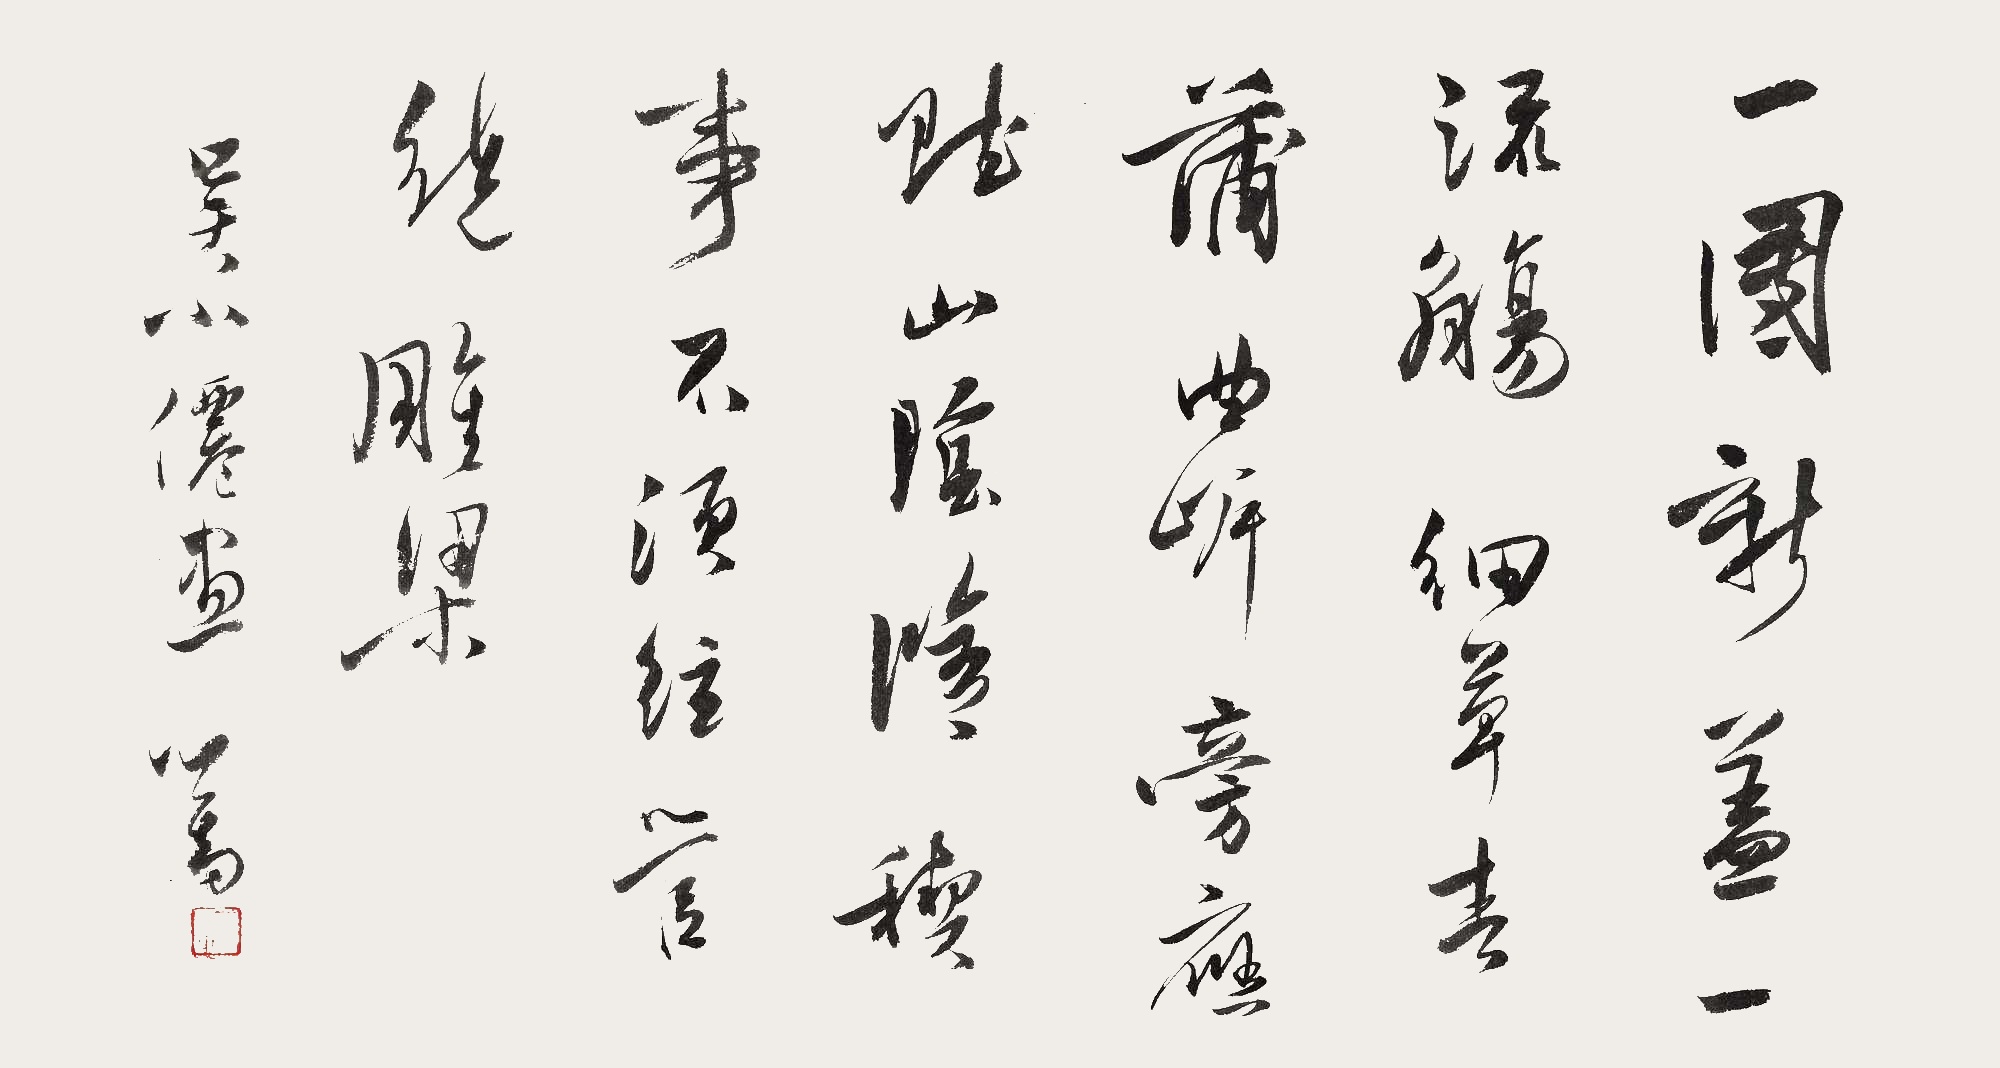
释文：一团新盖一流觞，细草春蒲曲岸旁。应赋山阴修稧事，不须弦管绕雕梁。吴小仙画。心畬。